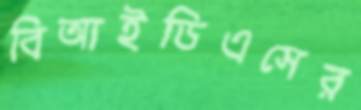
বিআইডিএসের